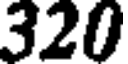
320